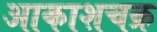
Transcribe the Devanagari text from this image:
आकाशचक्र